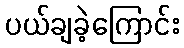
ပယ်ချခဲ့ကြောင်း